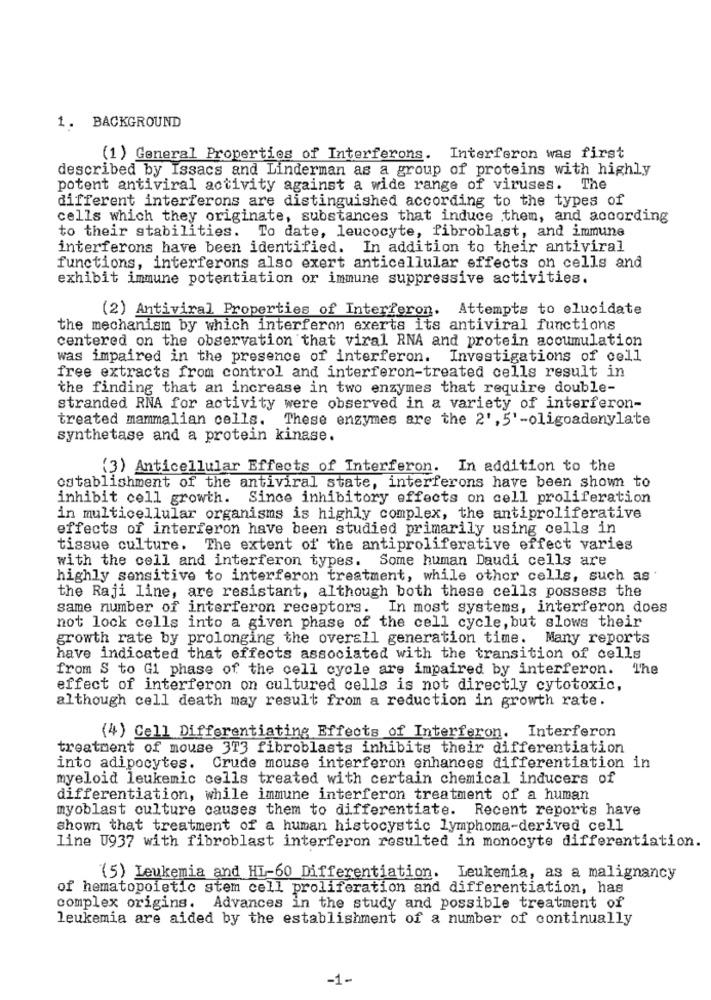
1. BACKGROUND
(1) General Properties of Interferons. Interferon was first
described by Issacs and Linderman as a group of proteins with highly
potent antiviral activity against a wide range of viruses. The
different interferons are distinguished according to the types of
cells which they originate, substances that induce them, and according
to their stabilities. To date, leucocyte, fibroblast, and immune
interferons have been identified. In addition to their antiviral
functions, interferons also exert anticellular effects on cells and
exhibit immune potentiation or immune suppressive activities.
(2) Antiviral Properties of Interferon. Attempts to elucidate
the mechanism by which interferon exerts its antiviral functions
centered on the observation that viral RNA and protein accumulation
was impaired in the presence of interferon.
Investigations of cell
free extracts from control and interferon-treated cells result in
the finding that an increase in two enzymes that require double-
stranded RNA for activity were observed in a variety of interferon-
treated mammalian cells. These enzymes are the 2', 5'-oligoadenylate
synthetase and a protein kinase.
(3) Anticellular Effects of Interferon. In addition to the
establishment of the antiviral state, interferons have been shown to
inhibit cell growth. Since inhibitory effects on cell proliferation
in multicellular organisms is highly complex, the antiproliferative
effects of interferon have been studied primarily using cells in
tissue culture. The extent of the antiproliferative effect varies
with the cell and interferon types. Some human Daudi cells are
highly sensitive to interferon treatment, while other cells, such as
the Raji line, are resistant, although both these cells possess the
same number of interferon receptors. In most systems, interferon does
not lock cells into a given phase of the cell cycle, but slows their
growth rate by prolonging the overall generation time. Many reports
have indicated that effects associated with the transition of cells
from S to G1 phase of the cell cycle are impaired by interferon. The
effect of interferon on cultured cells is not directly cytotoxic,
although cell death may result from a reduction in growth rate.
(4) Cell Differentiating Effects of Interferon. Interferon
treatment of mouse 373 fibroblasts inhibits their differentiation
into adipocytes. Crude mouse interferon enhances differentiation in
myeloid leukemic cells treated with certain chemical inducers of
differentiation, while immune interferon treatment of a human
myoblast culture causes them to differentiate. Recent reports have
shown that treatment of a human histocystic lymphoma-derived cell
line U937 with fibroblast interferon resulted in monocyte differentiation.
(5) Leukemia and HI-60 Differentiation. Leukemia, as a malignancy
of hematopoietic stem cell proliferation and differentiation, has
complex origins.
Advances in the study and possible treatment of
leukemia are aided by the establishment of a number of continually
-1-